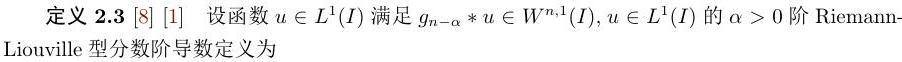
定义 2.3 [8] [1] 设函数 $u \in L^{1}(I)$ 满足 $g_{n-\alpha} * u \in W^{n, 1}(I), u \in L^{1}(I)$ 的 $\alpha>0$ 阶 Riemann - Liouville 型分数阶导数定义为